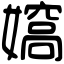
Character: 𡢠